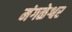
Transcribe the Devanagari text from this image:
मंगळेश्वर